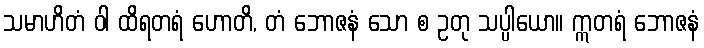
သမာဟိတံ ဝါ ထိရတရံ ဟောတိ, တံ ဘောဇနံ သော စ ဥတု သပ္ပါယော။ ဣတရံ ဘောဇနံ